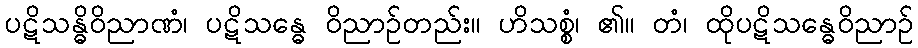
ပဋိသန္ဓိဝိညာဏံ၊ ပဋိသန္ဓေ ဝိညာဉ်တည်း။ ဟိသစ္စံ၊ ၏။ တံ၊ ထိုပဋိသန္ဓေဝိညာဉ်